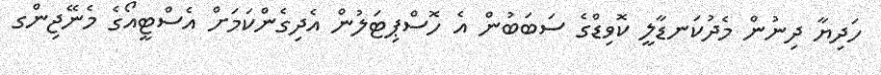
ހަދިޔާ ދިނުން މެދުކަނޑާލީ ކޮވިޑްގެ ސަބަބުން އެ ހޮސްޕިޓަލުން އެދިގެންކަމަށް އެސްޓީއޯގެ މެނޭޖިންގ